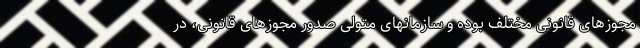
مجوزهای قانونی مختلف بوده و سازمانهای متولی صدور مجوزهای قانونی، در